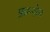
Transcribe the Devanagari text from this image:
फ्रान्ज़ेन